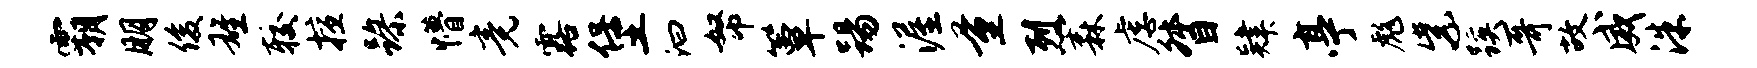
霸朋俊雄较擅躁懵竟露堡汩帑簟踢渥量烈森虐督肄亭彪紫蹊哥故威洙